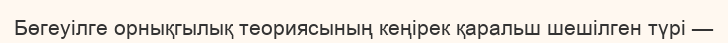
Бөгеуілге орнықгылық теориясының кеңірек қаральш шешілген түрі —